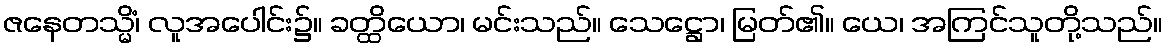
ဇနေတသ္မိံ၊ လူအပေါင်း၌။ ခတ္ထိယော၊ မင်းသည်။ သေဋ္ဌော၊ မြတ်၏။ ယေ၊ အကြင်သူတို့သည်။